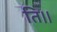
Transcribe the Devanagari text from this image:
ति।।